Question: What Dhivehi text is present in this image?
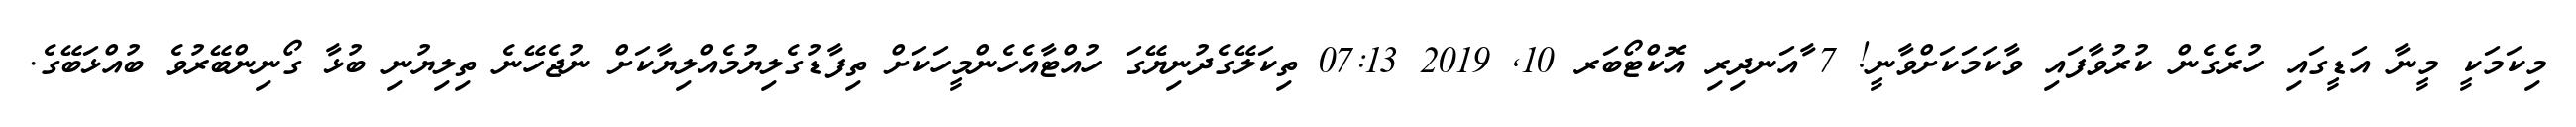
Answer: މިކަމަކީ މީނާ އަޑީގައި ހުރެގެން ކުރުވާފައި ވާކަމަކަށްވާނީ! 7 ާއަނދިރި އޮކްޓޯބަރ 10, 2019 07:13 ތިކަލޭގެދުނިޔޭގަ ހުއްޓާއެހެންމީހަކަށް ތިފާޑުގެލިޔުމެއްލިޔާކަށް ނުޖެހޭނެ ތިލިޔުނި ބުޅާ ގޯނިންބޭރުވެ ބުއްޅަބޭގެ.